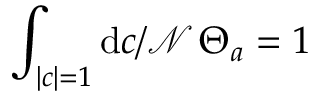
\int _ { | c | = 1 } { \mathrm { d } c / \mathcal { N } } \, \Theta _ { a } = 1